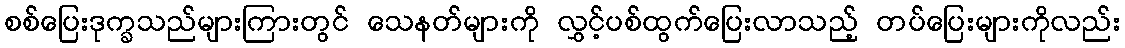
စစ်ပြေးဒုက္ခသည်များကြားတွင် သေနတ်များကို လွှင့်ပစ်ထွက်ပြေးလာသည့် တပ်ပြေးများကိုလည်း